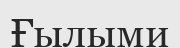
Ғылыми